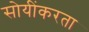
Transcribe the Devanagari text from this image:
सोयींकरता